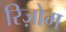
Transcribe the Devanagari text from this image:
रिज़ोम